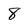
Character: 8